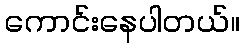
ကောင်းနေပါတယ်။